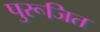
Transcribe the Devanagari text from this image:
पुरूजित